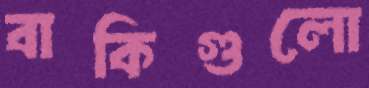
বাকিগুলো